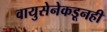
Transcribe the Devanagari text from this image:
वायुसेनेकडूनही